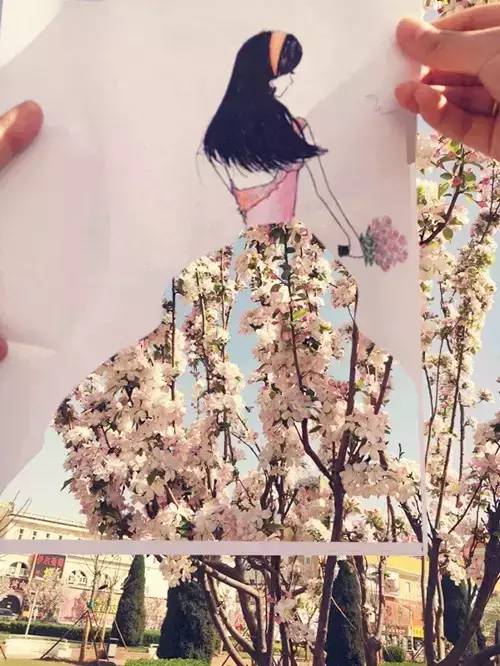
杨柳阴阴细雨晴，残花落尽见流莺。